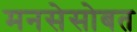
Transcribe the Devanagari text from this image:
मनसेसोबत